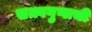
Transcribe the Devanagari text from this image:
सत्त्वगुणाची